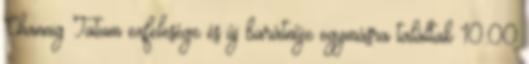
Channig Tatum exfelesége és új barátnője egymásra találtak 10:00